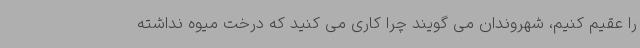
را عقیم کنیم، شهروندان می گویند چرا کاری می کنید که درخت میوه نداشته